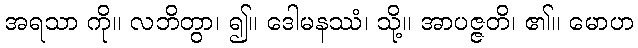
အရသာ ကို။ လဘိတွာ၊ ၍။ ဒေါမနဿံ၊ သို့။ အာပဇ္ဇတိ၊ ၏။ မောဟ